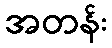
အတန်း